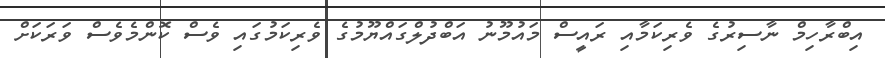
އިބްރާހިމް ނާސިރުގެ ވެރިކަމާއި ރައީސް މައުމޫނު އަބްދުލްގައްޔޫމުގެ ވެރިކަމުގައި ވެސް ކޮންމެވެސް ވަރަކަށް